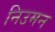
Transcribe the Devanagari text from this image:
निउमन